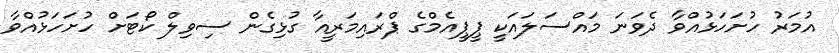
އުމަރު ހުށަހަޅުއްވާ ދެވަނަ މައްސަލައަކީ ޕީޕީއެމްގެ ޕްރައިމަރީއާ ގުޅިގެން ސިވިލް ކޯޓަށް ހުށަހަޅުއްވާ